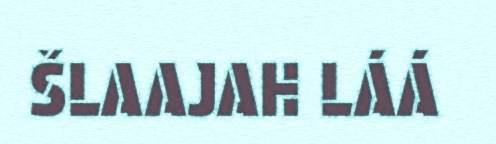
ŠLAAJAH LÁÁ